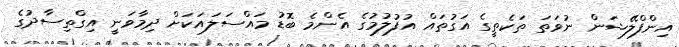
އިންފްލޭޝަން ނުވަތަ ތަކެތީގެ އަގުތައް އުފުލުމުގެ އެންމެ ބޮޑު މައްސަލައަކަށް ދިމާވަނީ އިގްތިސާދުގެ